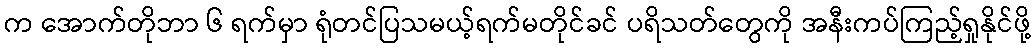
က အောက်တိုဘာ ၆ ရက်မှာ ရုံတင်ပြသမယ့်ရက်မတိုင်ခင် ပရိသတ်တွေကို အနီးကပ်ကြည့်ရှုနိုင်ဖို့